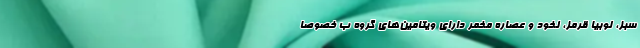
سبز، لوبیا قرمز، نخود و عصاره مخمر دارای ویتامین‌های گروه ب خصوصا